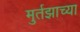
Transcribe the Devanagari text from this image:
मुर्तझाच्या